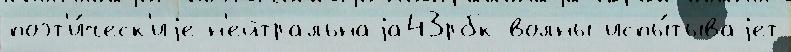
поэт'и́ческ'иjе н'ейтральнаjа43рбк волны испы́тываjет